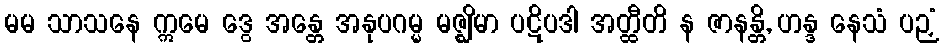
မမ သာသနေ ဣမေ ဒွေ အန္တေ အနုပဂမ္မ မဇ္ဈိမာ ပဋိပဒါ အတ္ထီတိ န ဇာနန္တိ, ဟန္ဒ နေသံ ပဉှံ